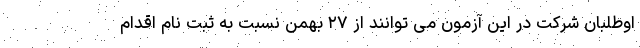
اوطلبان شرکت در این آزمون می توانند از ۲۷ بهمن نسبت به ثبت نام اقدام